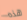
هذه